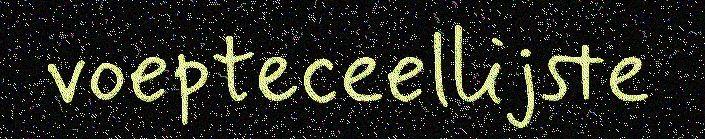
voepteceellijste